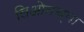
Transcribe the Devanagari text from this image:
लिओनच्या